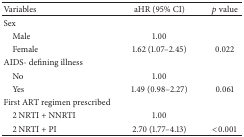
<table><thead><tr><td><b>Variables</b></td><td><b>aHR (95% CI)</b></td><td><b><i>p</i> value</b></td></tr></thead><tbody><tr><td>Sex</td><td> </td><td> </td></tr><tr><td> Male</td><td>1.00</td><td> </td></tr><tr><td> Female</td><td>1.62 (1.07–2.45)</td><td>0.022</td></tr><tr><td>AIDS- defining illness</td><td> </td><td> </td></tr><tr><td> No</td><td>1.00</td><td> </td></tr><tr><td> Yes</td><td>1.49 (0.98–2.27)</td><td>0.061</td></tr><tr><td>First ART regimen prescribed</td><td> </td><td> </td></tr><tr><td> 2 NRTI + NNRTI</td><td>1.00</td><td> </td></tr><tr><td> 2 NRTI + PI</td><td>2.70 (1.77–4.13)</td><td>&lt;0.001</td></tr></tbody></table>